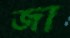
জা